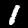
Digit: 1